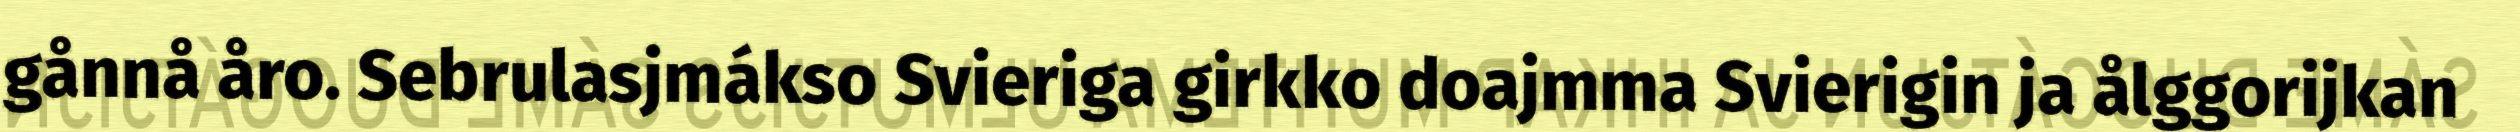
gånnå åro. Sebrulasjmákso Svieriga girkko doajmma Svierigin ja ålggorijkan